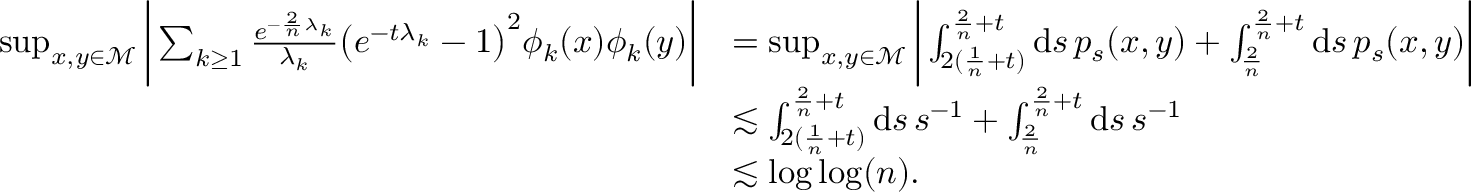
\begin{array} { r l } { \operatorname* { s u p } _ { x , y \in \mathcal { M } } \bigg \vert \sum _ { k \geq 1 } \frac { e ^ { - \frac { 2 } { n } \lambda _ { k } } } { \lambda _ { k } } \big ( e ^ { - t \lambda _ { k } } - 1 \big ) ^ { 2 } \phi _ { k } ( x ) \phi _ { k } ( y ) \bigg \vert } & { = \operatorname* { s u p } _ { x , y \in \mathcal { M } } \bigg \vert \int _ { 2 ( \frac { 1 } { n } + t ) } ^ { \frac { 2 } { n } + t } \mathrm { d } s \, p _ { s } ( x , y ) + \int _ { \frac { 2 } { n } } ^ { \frac { 2 } { n } + t } \mathrm { d } s \, p _ { s } ( x , y ) \bigg \vert } \\ & { \lesssim \int _ { 2 ( \frac { 1 } { n } + t ) } ^ { \frac { 2 } { n } + t } \mathrm { d } s \, s ^ { - 1 } + \int _ { \frac { 2 } { n } } ^ { \frac { 2 } { n } + t } \mathrm { d } s \, s ^ { - 1 } } \\ & { \lesssim \log \log ( n ) . } \end{array}